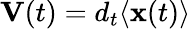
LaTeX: \mathbf{V}(t)=d_{t}\langle\mathbf{x}(t)\rangle